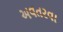
અવતરવા